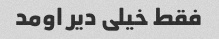
فقط خیلی دیر اومد